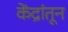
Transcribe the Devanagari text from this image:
केंद्रांतून